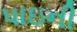
પાઇની